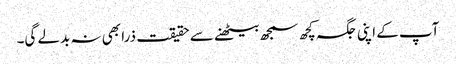
آپ کے اپنی جگہ کچھ سمجھ بیٹھنے سے حقیقت ذرا بھی نہ بدلے گی۔